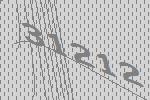
31212